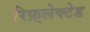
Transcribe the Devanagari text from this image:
रिफ़्लेक्टेड